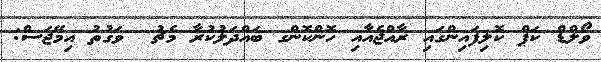
ވޯލްޑް ކަޕް ކޮލިފައިންގައި ރާއްޖެއާއި ހޮންކޮންގ ބައްދަލުކުރާ މެޗު  ވަގުތު އިމޭޖަސް: